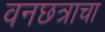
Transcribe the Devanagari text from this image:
वनछत्राचा